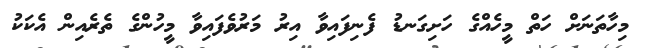
މިހާތަނަށް ހަތް މީހެއްގެ ހަށިގަނޑު ފެނިފައިވާ އިރު މަރުވެފައިވާ މީހުންގެ ތެރެއިން އެކަކު